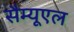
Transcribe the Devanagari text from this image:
सैम्‍यूएल